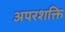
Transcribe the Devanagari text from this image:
अपरशक्ति